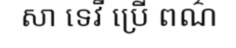
សា ទេវី ប្រើ ពណ៌